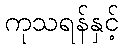
ကုသရန်နှင့်